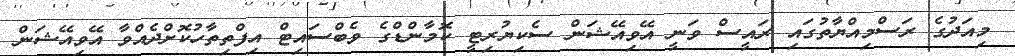
މިއަދުގެ ރަސްމިއްޔާތުގައި ރައީސް ވަނީ އޭވިއޭޝަން ސެކިޔުރިޓީ ކޮމާންޑްގެ ވެބްސައިޓް އިފްތިތާހުކޮށްދެއްވާ އޭވިއޭޝަން